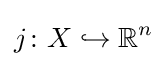
j\colon X\hookrightarrow \mathbb {R} ^{n}